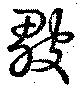
皺